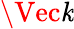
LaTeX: \Vec{\mathit{k}}